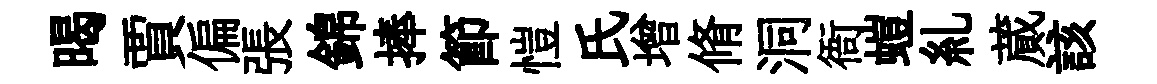
暍賈偏張錦捧節愷氏增脩洞衙螘糺蕆該